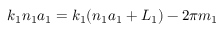
k _ { 1 } n _ { 1 } a _ { 1 } = k _ { 1 } ( n _ { 1 } a _ { 1 } + L _ { 1 } ) - 2 \pi m _ { 1 }